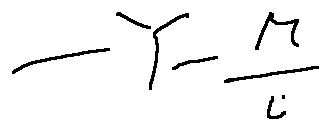
- Y - \frac { M } { i }